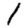
Digit: 1